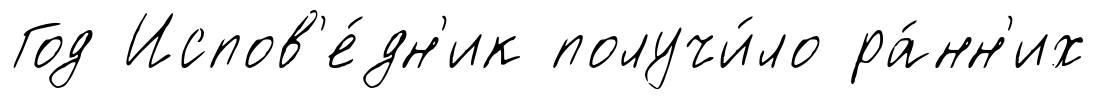
Год Испов'е́дн'ик получи́ло ра́нн'их